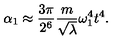
\alpha _ { 1 } \approx \frac { 3 \pi } { 2 ^ { 6 } } \frac { m } { \sqrt \lambda } \omega _ { 1 } ^ { 4 } t ^ { 4 } .